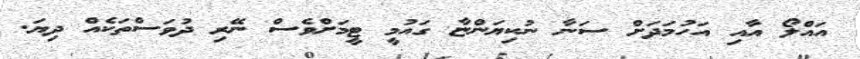
އައްލޯ އާއި އަހުމަދަށް ސަނާ ނުކިޔަންޏާ ގައުމީ ޓީމަށްވެސް ނޭރި ދުވަސްތަކެއް ދިޔަ.